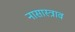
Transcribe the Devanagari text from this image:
नासास्त्राव